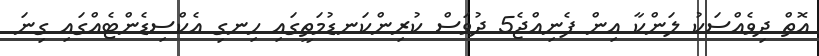
އޮތް ދިވެއްސަކު ލަންކާ އިން ފެނިއްޖެ5 ދުވަސް ކުރިންކަނޑުމަތީގައި ހިނގި އެކްސިޑެންޓެއްގައި ގިނަ